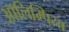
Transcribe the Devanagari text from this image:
ऑलिम्पिया